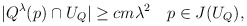
\begin{align*} |Q^{\lambda}(p) \cap U_Q| \ge c m\lambda^2 \ \ \ p \in J( U_Q),\end{align*}